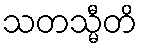
သတသ္မီတိ